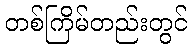
တစ်ကြိမ်တည်းတွင်